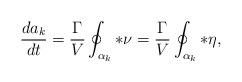
LaTeX: \begin{align*} \frac{da_k}{dt}=\frac{\Gamma}{V} \oint_{\alpha_k} *\nu=\frac{\Gamma}{V} \oint_{\alpha_k} *\eta,\end{align*}